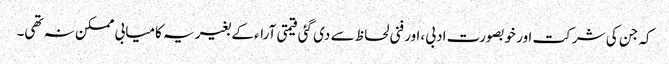
کہ جن کی شرکت اور خوبصورت ادبی ،اور فنی لحاظ سے دی گئی قیمتی آراء کے بغیر یہ کامیابی ممکن نہ تھی۔